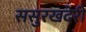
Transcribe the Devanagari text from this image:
ससुरखदेरी